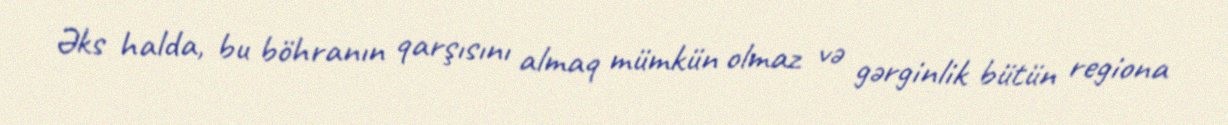
Əks halda, bu böhranın qarşısını almaq mümkün olmaz və gərginlik bütün regiona